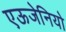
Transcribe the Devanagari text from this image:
एऊजेनियो